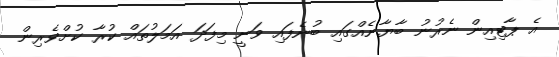
އެ ޕާޓިއިން ނެރުނު ބާޔާނެއްގައި ބުނެފައި ވަނީ މިފަދަ އަމަލުތައް ކުރާ ކުށްވެރިން